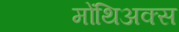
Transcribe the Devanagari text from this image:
मोंथिअक्स